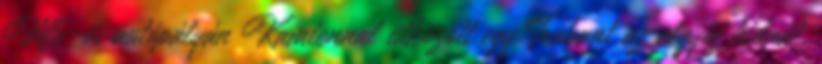
M5-ös autópályán Kamionnal ütközött egy Trabant az algyői hídnál,